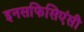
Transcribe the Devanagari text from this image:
इनसफिसिएंसी